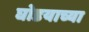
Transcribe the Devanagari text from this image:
घोडयाच्या